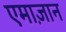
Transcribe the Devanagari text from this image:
एमाज़ान